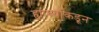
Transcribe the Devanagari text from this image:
ह्याच्याकडून